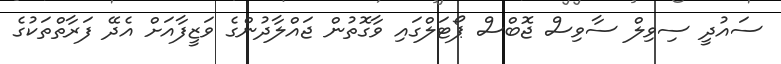
ސައުދީ ސިވިލް ސާވިސް ޖޮބްސް ޕޯޓަލްގައި ވާގޮތުން ޖައްލާދުންގެ ވަޒީފާއަށް އެދޭ ފަރާތްތަކުގެ